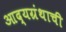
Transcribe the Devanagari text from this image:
आद्यग्रंथाची